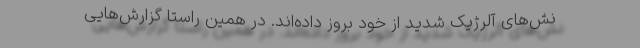
نش‌های آلرژیک شدید از خود بروز داده‌اند. در همین راستا گزارش‌هایی